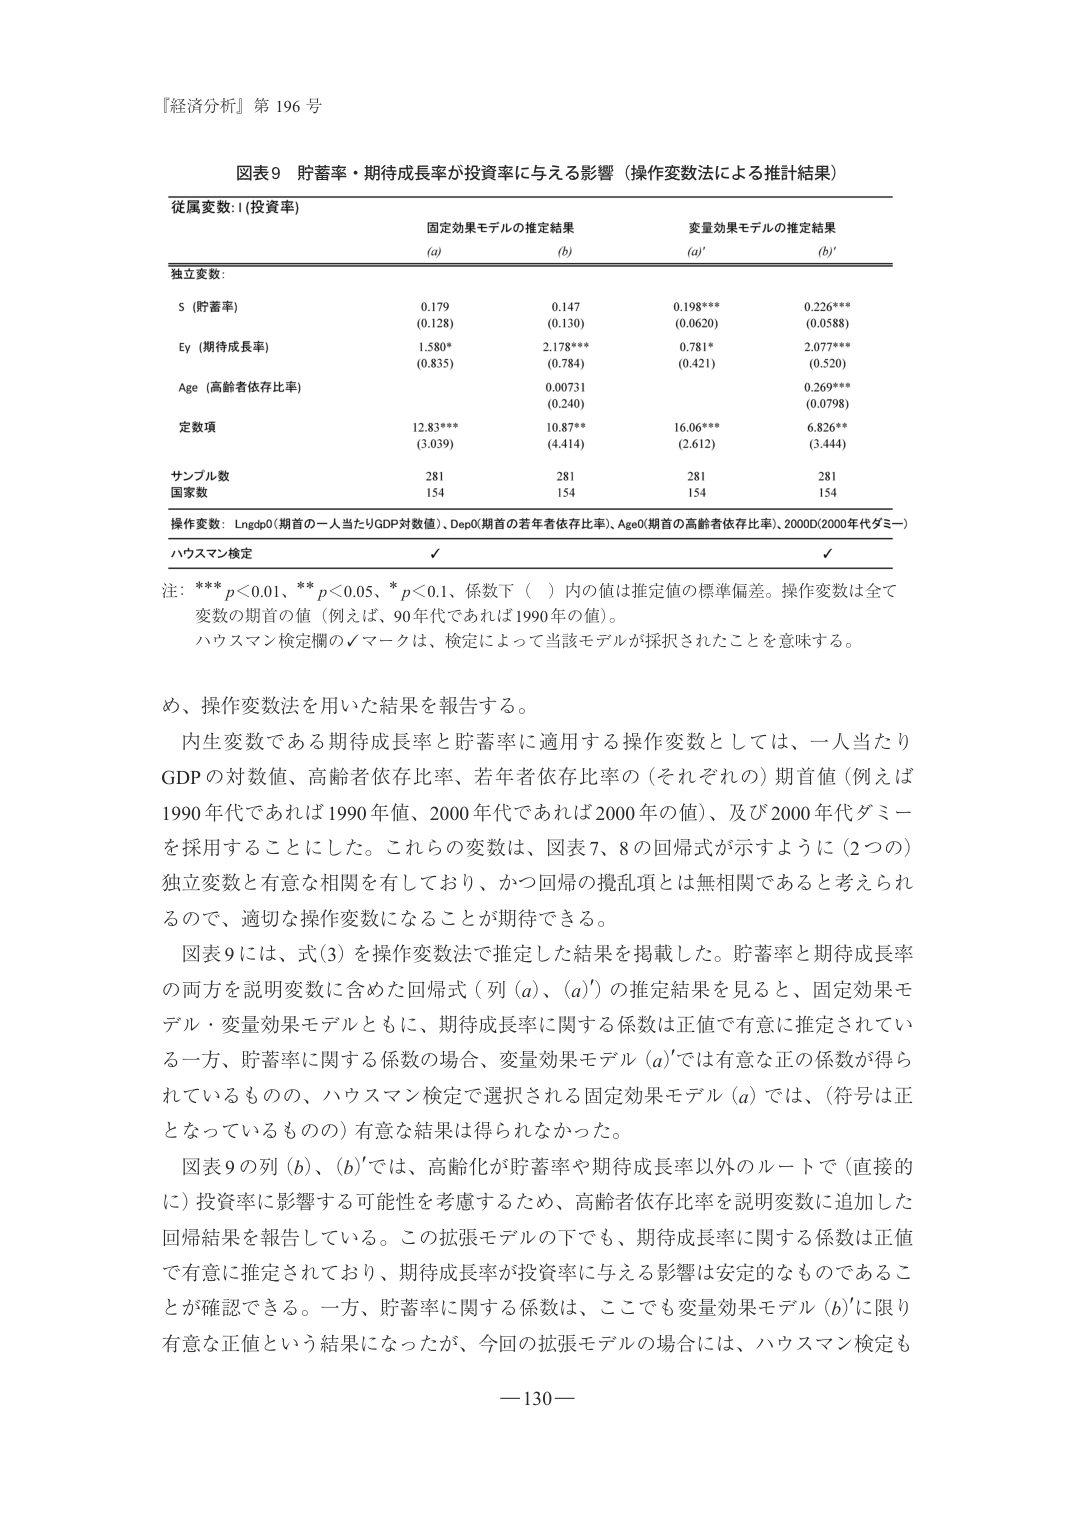
『経済分析』第 196 号

図表9 貯蓄率・期待成長率が投資率に与える影響（操作変数法による推計結果）

従属変数: I(投資率)

固定効果モデルの推定結果　　　　　変量効果モデルの推定結果
(a)　　　　　(b)　　　　　　　　　(a)'　　　　　(b)'

独立変数:

S（貯蓄率）　　　　　　　　　　　0.179　　　　0.147　　　　　0.198***　　　0.226***
　　　　　　　　　　　　　　　　(0.128)　　　(0.130)　　　　　(0.0620)　　　(0.0588)

Ey（期待成長率）　　　　　　　　　1.580*　　　2.178***　　　　0.781*　　　　2.077***
　　　　　　　　　　　　　　　　(0.835)　　　(0.784)　　　　　(0.421)　　　　(0.520)

Age（高齢者依存比率）　　　　　　　　0.00731　　　　　　　　　0.269***
　　　　　　　　　　　　　　　　　　　(0.240)　　　　　　　　　(0.0798)

定数項　　　　　　　　　　　　　12.83***　　　10.87**　　　　16.06***　　　6.826**
　　　　　　　　　　　　　　　　(3.039)　　　(4.414)　　　　　(2.612)　　　　(3.444)

サンプル数　　　　　　　　　　　　281　　　　　281　　　　　　281　　　　　281
国家数　　　　　　　　　　　　　　154　　　　　154　　　　　　154　　　　　154

操作変数: Lngdp0(期首の一人当たりGDP対数値)、Dep0(期首の若年者依存比率)、Age0(期首の高齢者依存比率)、2000D(2000年代ダミー)

ハウスマン検定　　　　　　　　　　✓　　　　　　　　　　　　　　✓

注: *** p<0.01、** p<0.05、* p<0.1、係数下（　）内の値は推定値の標準偏差。操作変数は全て変数の期首の値（例えば、90年代であれば1990年の値）。
　　ハウスマン検定欄の✓マークは、検定によって当該モデルが採択されたことを意味する。

め、操作変数法を用いた結果を報告する。

内生変数である期待成長率と貯蓄率に適用する操作変数としては、一人当たりGDPの対数値、高齢者依存比率、若年者依存比率の（それぞれの）期首値（例えば1990年代であれば1990年値、2000年代であれば2000年の値）、及び2000年代ダミーを採用することにした。これらの変数は、図表7、8の回帰式が示すように（2つの）独立変数と有意な相関を有しており、かつ回帰の撹乱項とは無相関であると考えられるので、適切な操作変数になることが期待できる。

図表9には、式(3)を操作変数法で推定した結果を掲載した。貯蓄率と期待成長率の両方を説明変数に含めた回帰式（列(a)、(a)’）の推定結果を見ると、固定効果モデル・変量効果モデルともに、期待成長率に関する係数は正値で有意に推定されている一方、貯蓄率に関する係数の場合、変量効果モデル(a)’では有意な正の係数が得られているものの、ハウスマン検定で選択される固定効果モデル(a)では、（符号は正となっているものの）有意な結果は得られなかった。

図表9の列(b)、(b)’では、高齢化が貯蓄率や期待成長率以外のルートで（直接的に）投資率に影響する可能性を考慮するため、高齢者依存比率を説明変数に追加した回帰結果を報告している。この拡張モデルの下でも、期待成長率に関する係数は正値で有意に推定されており、期待成長率が投資率に与える影響は安定的なものであることが確認できる。一方、貯蓄率に関する係数は、ここでも変量効果モデル(b)’に限り有意な正値という結果になったが、今回の拡張モデルの場合には、ハウスマン検定も

—130—